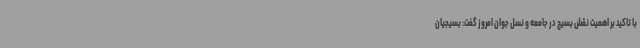
با تاکید بر اهمیت نقش بسیج در جامعه و نسل جوان امروز گفت: بسیجیان